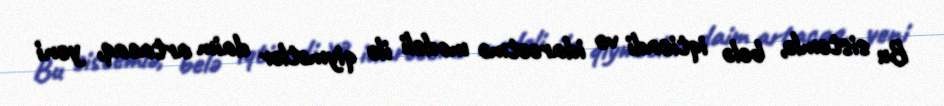
Bu sistemlə, belə iqtisadi və idarəetmə modeli ilə qiymətlər daim artacaq, yeni